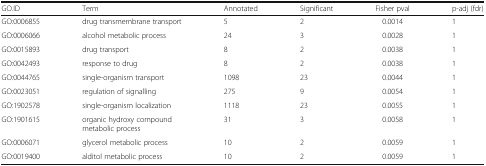
<table><thead><tr><td><b>GO.ID</b></td><td><b>Term</b></td><td><b>Annotated</b></td><td><b>Significant</b></td><td><b>Fisher pval</b></td><td><b>p-adj (fdr)</b></td></tr></thead><tbody><tr><td>GO:0006855</td><td>drug transmembrane transport</td><td>5</td><td>2</td><td>0.0014</td><td>1</td></tr><tr><td>GO:0006066</td><td>alcohol metabolic process</td><td>24</td><td>3</td><td>0.0028</td><td>1</td></tr><tr><td>GO:0015893</td><td>drug transport</td><td>8</td><td>2</td><td>0.0038</td><td>1</td></tr><tr><td>GO:0042493</td><td>response to drug</td><td>8</td><td>2</td><td>0.0038</td><td>1</td></tr><tr><td>GO:0044765</td><td>single-organism transport</td><td>1098</td><td>23</td><td>0.0044</td><td>1</td></tr><tr><td>GO:0023051</td><td>regulation of signalling</td><td>275</td><td>9</td><td>0.0054</td><td>1</td></tr><tr><td>GO:1902578</td><td>single-organism localization</td><td>1118</td><td>23</td><td>0.0055</td><td>1</td></tr><tr><td>GO:1901615</td><td>organic hydroxy compound metabolic process</td><td>31</td><td>3</td><td>0.0058</td><td>1</td></tr><tr><td>GO:0006071</td><td>glycerol metabolic process</td><td>10</td><td>2</td><td>0.0059</td><td>1</td></tr><tr><td>GO:0019400</td><td>alditol metabolic process</td><td>10</td><td>2</td><td>0.0059</td><td>1</td></tr></tbody></table>